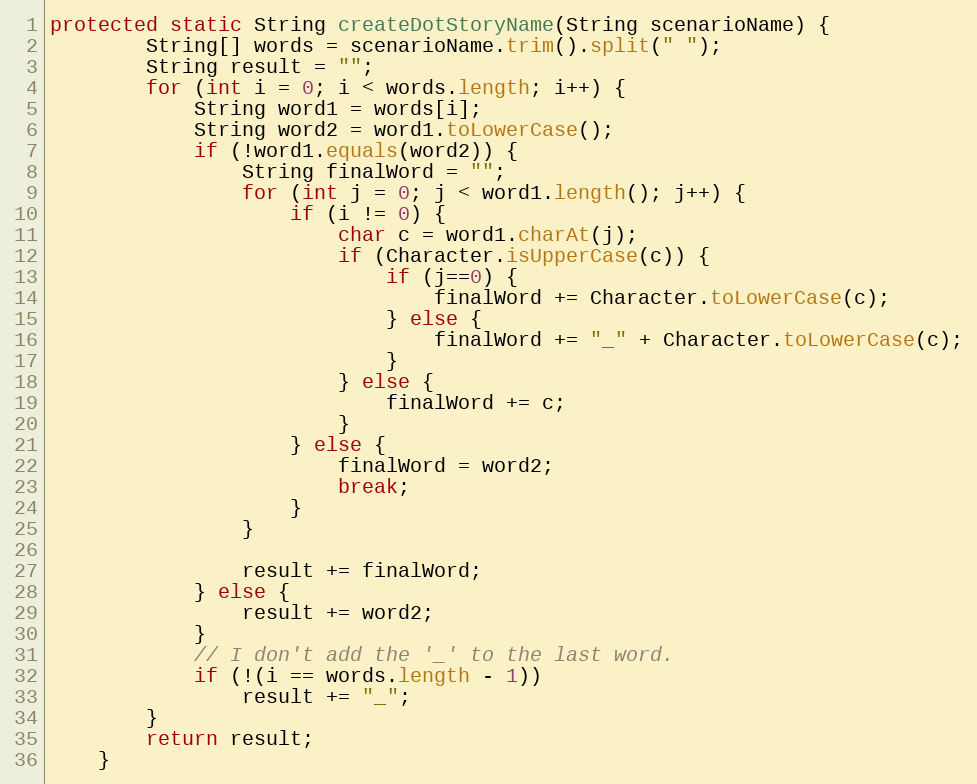
Language: Java
protected static String createDotStoryName(String scenarioName) {
        String[] words = scenarioName.trim().split(" ");
        String result = "";
        for (int i = 0; i < words.length; i++) {
            String word1 = words[i];
            String word2 = word1.toLowerCase();
            if (!word1.equals(word2)) {
                String finalWord = "";
                for (int j = 0; j < word1.length(); j++) {
                    if (i != 0) {
                        char c = word1.charAt(j);
                        if (Character.isUpperCase(c)) {
                            if (j==0) {
                                finalWord += Character.toLowerCase(c);
                            } else {
                                finalWord += "_" + Character.toLowerCase(c);
                            }
                        } else {
                            finalWord += c;
                        }
                    } else {
                        finalWord = word2;
                        break;
                    }
                }

                result += finalWord;
            } else {
                result += word2;
            }
            // I don't add the '_' to the last word.
            if (!(i == words.length - 1))
                result += "_";
        }
        return result;
    }